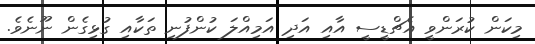
މިކަން ކުރަންވީ އެޗްޑީސީ އާއި އަދި އަމިއްލަ ކުންފުނި ތަކާއި ގުޅިގެން ނޫނެވެ.